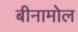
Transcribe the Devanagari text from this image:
बीनामोल